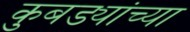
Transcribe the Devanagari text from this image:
कुबड्यांच्या